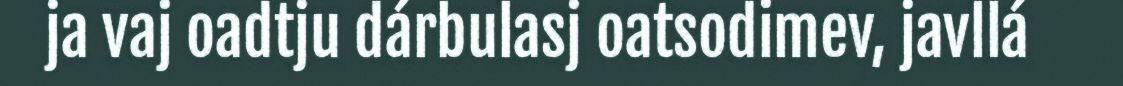
ja vaj oadtju dárbulasj oatsodimev, javllá